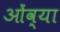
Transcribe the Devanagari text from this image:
ओंव्या